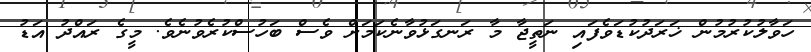
ހަވާލުކުރުމުން ޚަރަދުކުޑަވެފައި ނަތީޖާ މާ ރަނގަޅުވާނެކަމަށް ވެސް ބަހުސްކުރެވުނެވެ. މީގެ ރައްދު އަޑު